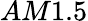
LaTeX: AM1.5